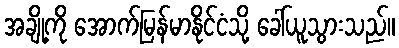
အချို့ကို အောက်မြန်မာနိုင်ငံသို့ ခေါ်ယူသွားသည်။